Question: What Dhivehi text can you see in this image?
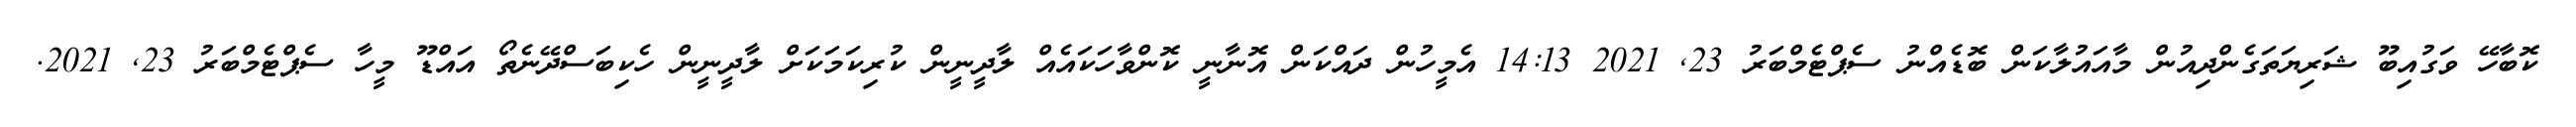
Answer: ކޮބާހޭ ވަގުއިބޫ ޝަރިޔަތަގެންދިއުން މާއައުލާކަން ބޮޑެއްނު ސެޕްޓެމްބަރު 23, 2021 14:13 އެމީހުން ދައްކަން އޮނާނީ ކޮންވާހަކައެއް ލާދީނީން ކުރިކަމަކަށް ލާދީނީން ހެކިބަސްދޭނެތޯ އައްޑޫ މީހާ ސެޕްޓެމްބަރު 23, 2021.